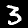
Digit: 3